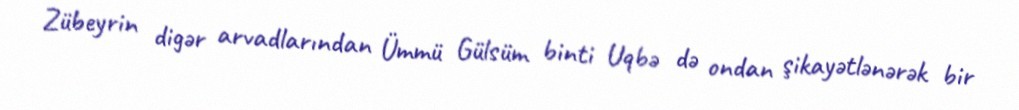
Zübeyrin digər arvadlarından Ümmü Gülsüm binti Uqbə də ondan şikayətlənərək bir